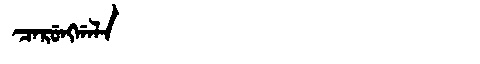
Manchu: ᠴᠠᡵᡠᠩᡤᠠᠯᠠ
Romanization: CARUNGGALA